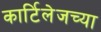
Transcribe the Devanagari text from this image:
कार्टिलेजच्या